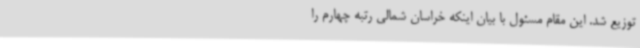
توزیع شد. این مقام مسئول با بیان اینکه خراسان شمالی رتبه چهارم را